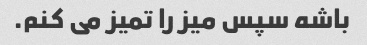
باشه سپس میز را تمیز می کنم.